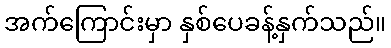
အက်ကြောင်းမှာ နှစ်ပေခန့်နှက်သည်။